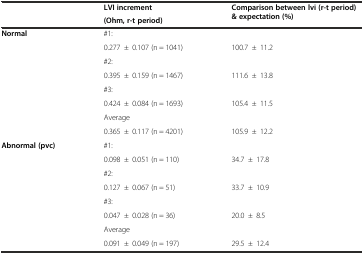
| <ROWSPAN=2>  | LVI increment | <ROWSPAN=2> Comparison between lvi (r-t period) & expectation (%) |
 | (Ohm, r-t period) |
 | --- | --- | --- |
 | <ROWSPAN=8> Normal | #1: |  |
 | 0.277±0.107 (n = 1041) | 100.7±11.2 |
 | #2: |  |
 | 0.395±0.159 (n = 1467) | 111.6±13.8 |
 | #3: |  |
 | 0.424±0.084 (n = 1693) | 105.4±11.5 |
 | Average |  |
 | 0.365±0.117 (n = 4201) | 105.9±12.2 |
 | <ROWSPAN=8> Abnormal (pvc) | #1: |  |
 | 0.098±0.051 (n = 110) | 34.7±17.8 |
 | #2: |  |
 | 0.127±0.067 (n = 51) | 33.7±10.9 |
 | #3: |  |
 | 0.047±0.028 (n = 36) | 20.0±8.5 |
 | Average |  |
 | 0.091±0.049 (n = 197) | 29.5±12.4 |